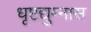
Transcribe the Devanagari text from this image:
धृष्टद्युम्नास